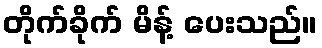
တိုက်ခိုက် မိန့် ပေးသည်။